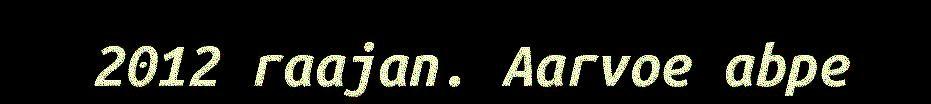
2012 raajan. Aarvoe abpe